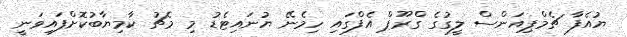
ޔުއެފާ ޗެމްޕިއަންސް ލީގުގެ ގްރޫޕް އެފްގައި ހިމެނޭ ޔުނައިޓެޑު މި މެޗު ކާމިޔާބުކޮށްފައިވަނީ